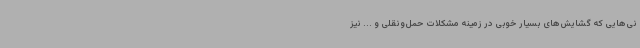
نی‌هایی که گشایش‌های بسیار خوبی در زمینه مشکلات حمل‌ونقلی و ... نیز